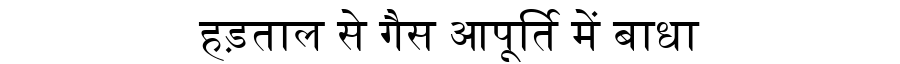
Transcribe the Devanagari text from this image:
हड़ताल से गैस आपूर्ति में बाधा